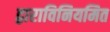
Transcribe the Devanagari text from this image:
द्वाराविनियमित